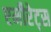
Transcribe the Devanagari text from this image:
एमीरेट्स